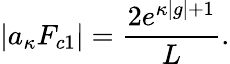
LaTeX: \left|a_{\kappa}F_{c1}\right|=\frac{2e^{\kappa|g|+1}}{L}.